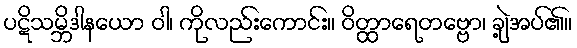
ပဋိသမ္ဘိဒါနယော ဝါ၊ ကိုလည်းကောင်း။ ဝိတ္ထာရေတဗ္ဗော၊ ချဲ့အပ်၏။